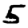
Digit: 5